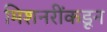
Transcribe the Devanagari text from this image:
मिशनरींकडून